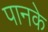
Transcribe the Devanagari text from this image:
पानके